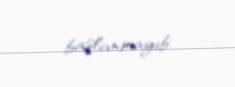
başlanmayıb.